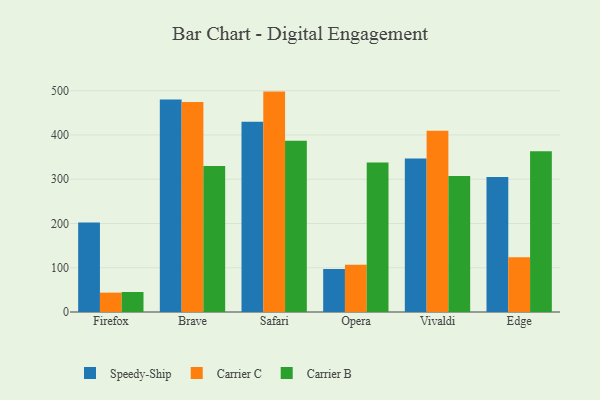
{"axis": {"x": "Browser", "y": "Demand Index"}, "legend": ["Carrier B", "Carrier C", "Speedy-Ship"], "data": [{"x": "Firefox", "y": 202.0, "type": "Speedy-Ship"}, {"x": "Firefox", "y": 43.8, "type": "Carrier C"}, {"x": "Firefox", "y": 45.2, "type": "Carrier B"}, {"x": "Brave", "y": 480.3, "type": "Speedy-Ship"}, {"x": "Brave", "y": 474.6, "type": "Carrier C"}, {"x": "Brave", "y": 330.0, "type": "Carrier B"}, {"x": "Safari", "y": 430.1, "type": "Speedy-Ship"}, {"x": "Safari", "y": 498.0, "type": "Carrier C"}, {"x": "Safari", "y": 387.2, "type": "Carrier B"}, {"x": "Opera", "y": 97.0, "type": "Speedy-Ship"}, {"x": "Opera", "y": 106.9, "type": "Carrier C"}, {"x": "Opera", "y": 337.8, "type": "Carrier B"}, {"x": "Vivaldi", "y": 346.6, "type": "Speedy-Ship"}, {"x": "Vivaldi", "y": 409.4, "type": "Carrier C"}, {"x": "Vivaldi", "y": 307.3, "type": "Carrier B"}, {"x": "Edge", "y": 304.8, "type": "Speedy-Ship"}, {"x": "Edge", "y": 123.5, "type": "Carrier C"}, {"x": "Edge", "y": 363.2, "type": "Carrier B"}]}